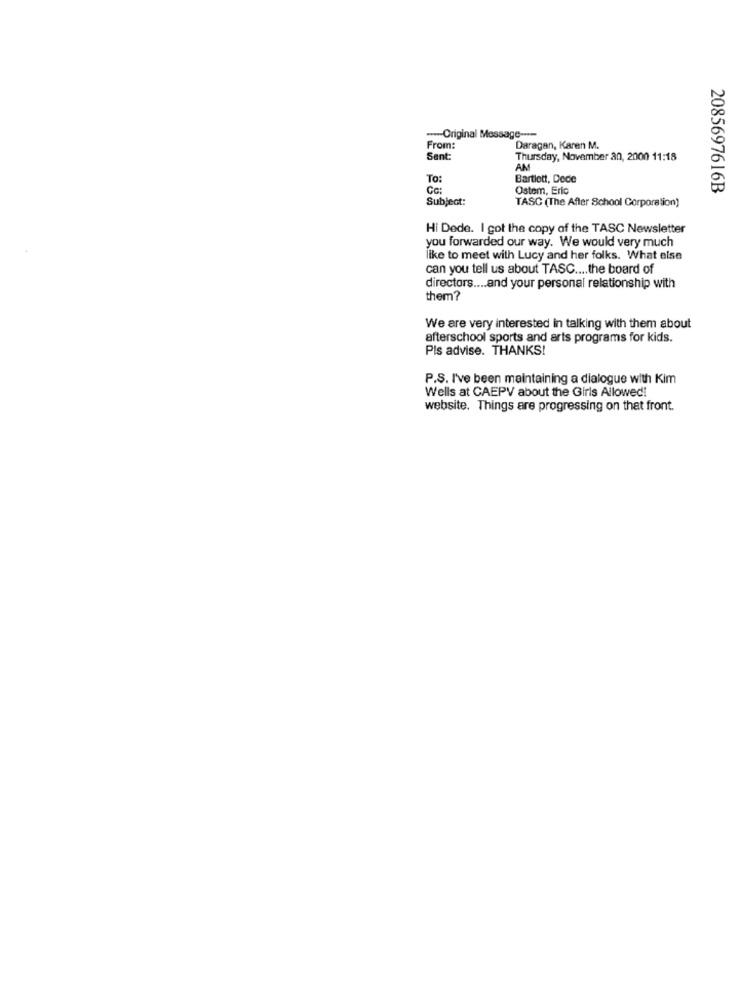
-Original Message ----
From:
Daragan, Karen M.
Sent:
Thursday, November 30, 2000 11:18
AM
To:
Bartlett, Dede
Ostem, Eric
2085697616B
Subject:
TASC (The After School Corporation)
Hi Dede. I got the copy of the TASC Newsletter
you forwarded our way. We would very much
like to meet with Lucy and her folks. What else
can you tell us about TASC .... the board of
directors .... and your personal relationship with
them?
We are very interested in talking with them about
afterschool sports and arts programs for kids.
Pis advise. THANKS!
P.S. I've been maintaining a dialogue with Kim
Wells at CAEPV about the Girls Allowed!
website. Things are progressing on that front.